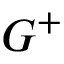
G ^ { + }